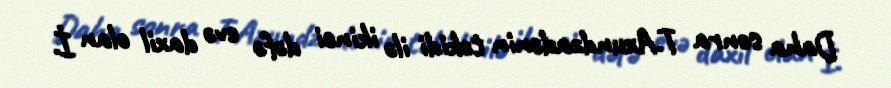
Daha sonra T.Axundzadənin təkidi ilə ikinci dəfə evə daxil olan İ.